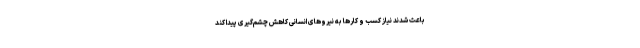
باعث شدند نیاز کسب و کارها به نیروهای انسانی کاهش چشم‌گیری پیدا کند